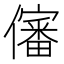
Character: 𰃀